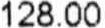
128.00